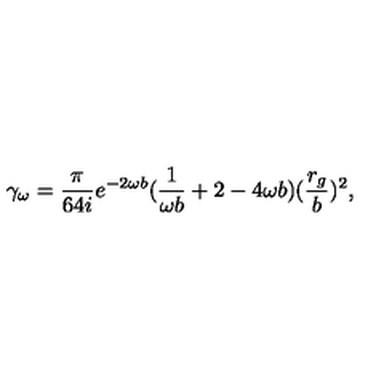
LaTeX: \gamma _ { \omega } = \frac { \pi } { 6 4 i } e ^ { - 2 \omega b } ( \frac { 1 } { \omega b } + 2 - 4 \omega b ) ( \frac { r _ { g } } { b } ) ^ { 2 } ,